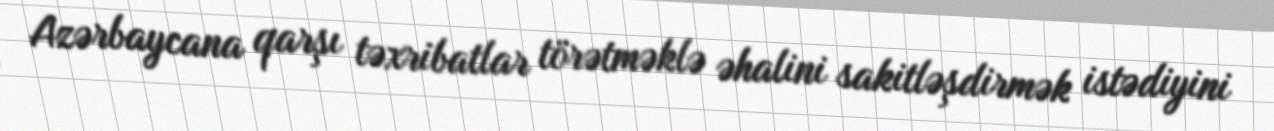
Azərbaycana qarşı təxribatlar törətməklə əhalini sakitləşdirmək istədiyini